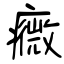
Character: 癓